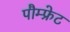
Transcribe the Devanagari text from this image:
पौम्‍फ्रेट